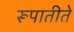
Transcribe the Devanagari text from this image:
रूपातीते